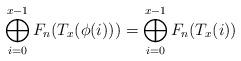
LaTeX: \begin{align*}\bigoplus_{i=0}^{x-1} F_n(T_x(\phi(i)))&=\bigoplus_{i=0}^{x-1} F_n(T_x(i))\end{align*}